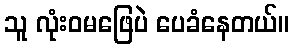
သူ လုံးဝမဖြေပဲ ပေခံနေတယ်။